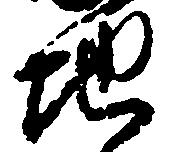
地